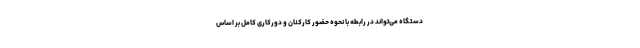
دستگاه می‌تواند در رابطه با نحوه حضور کارکنان و دورکاری کامل بر اساس